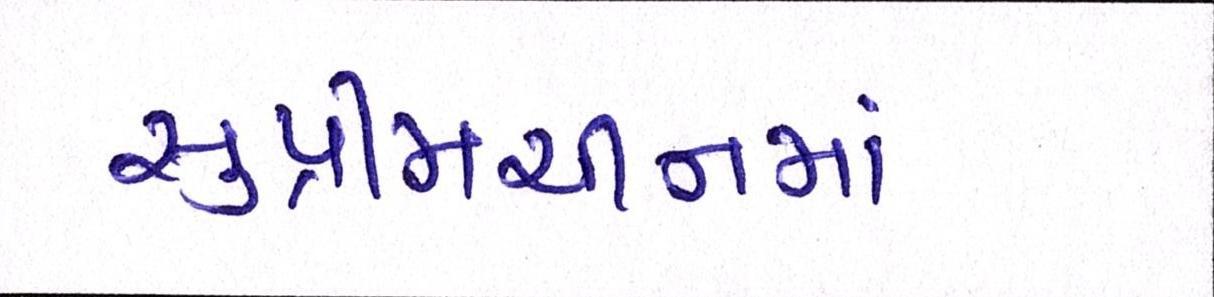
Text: સુપ્રીમચીનમાં